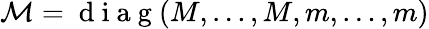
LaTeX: \mathcal{M}=\mathrm{~d~i~a~g~}(M,\dots,M,m,\dots,m)